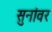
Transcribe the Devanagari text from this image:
सुनांवर